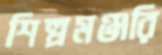
শিল্পমঞ্জরি